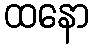
ထနော